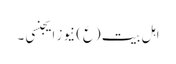
اہل بیت (ع) نیوز ایجنسی ۔